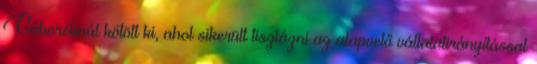
Gáboréknál kötött ki, ahol sikerült tisztázni az alapvető vállalatirányítással